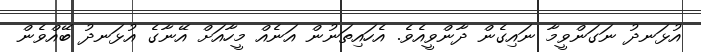
އުޅަނދު ނަގަންވީމާ ނައިގެން ދާންވީއެވެ. އެހައިިތަނުން އަނެއް މީހާއަށް އޭނާގެ އުޅަނދު ބޭއްވެން